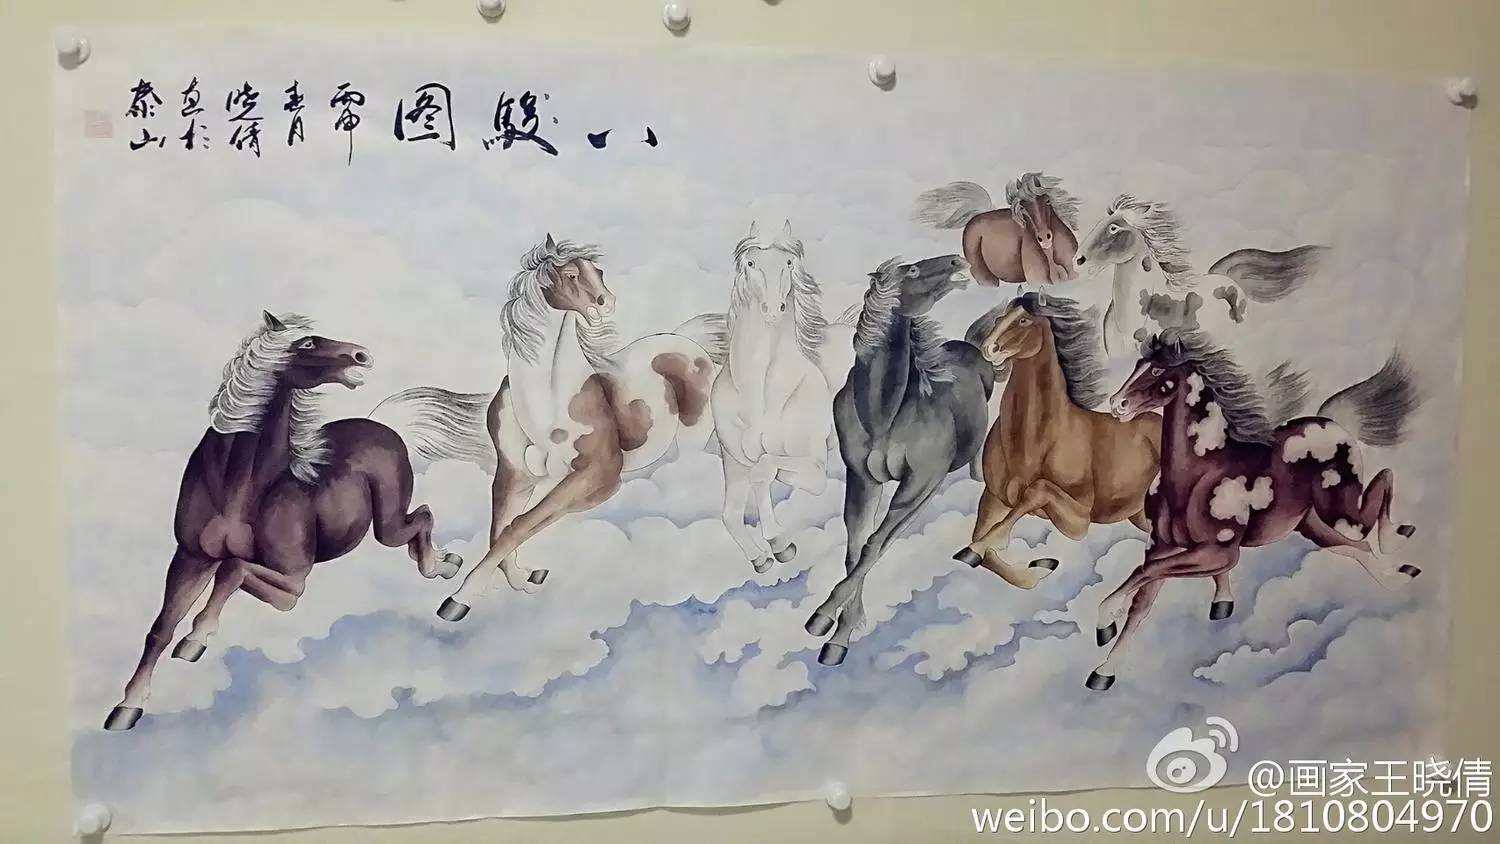
此马非凡马，房星本是星。